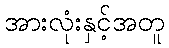
အားလုံးနှင့်အတူ